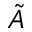
\tilde { A }